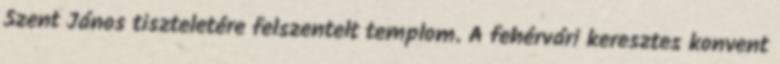
Szent János tiszteletére felszentelt templom. A fehérvári keresztes konvent